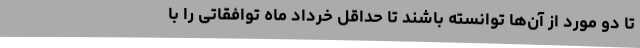
تا دو مورد از آن‌ها توانسته باشند تا حداقل خرداد ماه توافقاتی را با